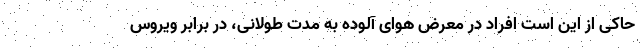
حاکی از این است افراد در معرض هوای آلوده به مدت طولانی، در برابر ویروس